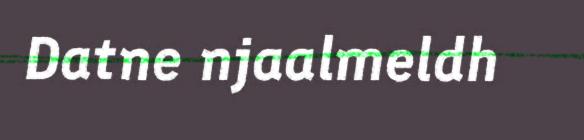
Datne njaalmeldh